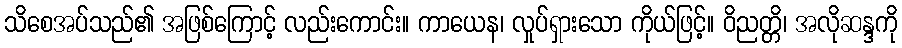
သိစေအပ်သည်၏ အဖြစ်ကြောင့် လည်းကောင်း။ ကာယေန၊ လှုပ်ရှားသော ကိုယ်ဖြင့်။ ဝိညတ္တိ၊ အလိုဆန္ဒကို